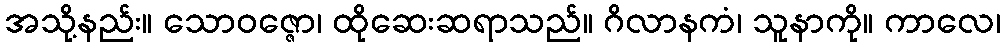
အသို့နည်း။ သောဝဇ္ဇော၊ ထိုဆေးဆရာသည်။ ဂိလာနကံ၊ သူနာကို။ ကာလေ၊